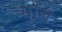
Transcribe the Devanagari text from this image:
माँल